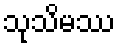
သုသိမဿ